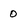
Character: 0